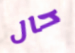
حال